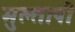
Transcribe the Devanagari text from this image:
मुल्तापी